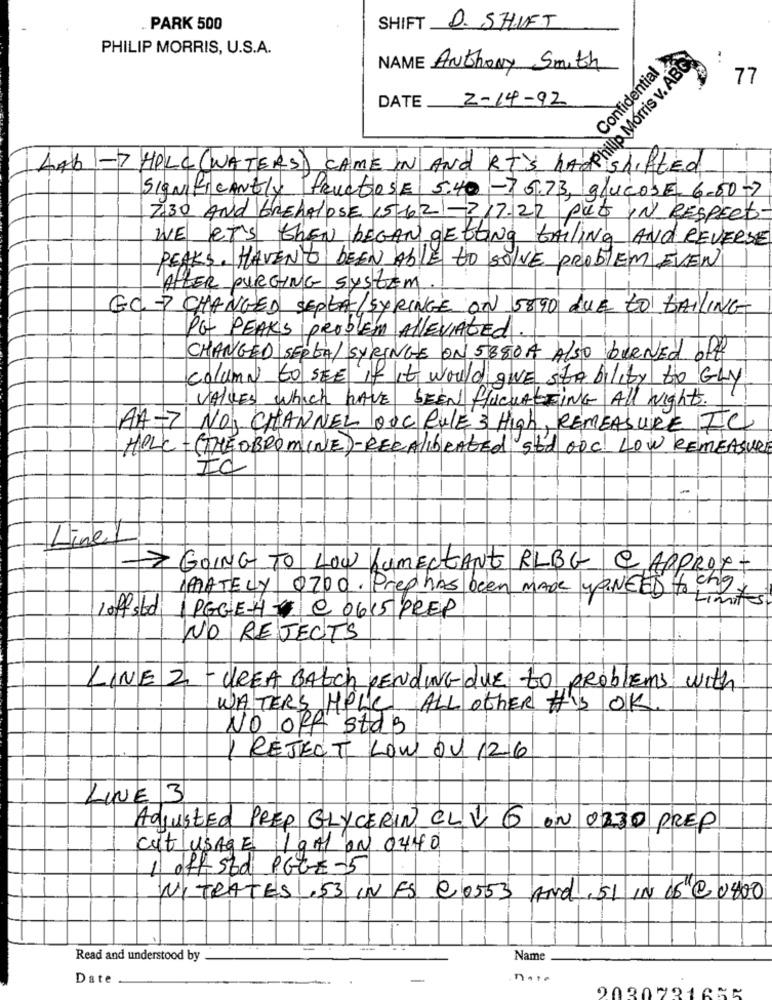
. PARK 500
SHIFT D. SHIFT
PHILIP MORRIS, U.S.A.
Confidential
Philip Morris v. ABD
NAME Anthony Smith
77
2-14-92
DATE
HPLC WATERS CAME IN AND OF COMO
shifted
SIGNIFICANTly fructose 5.40 -$5.73, glucose. 6.50-7
7.30 AND BREAAlose 15-6 2) -? 17:22 put IN RESPECT.
WE IT'S thEN LEGAN getting tAiling AND REVERSE
PEAKS. HAVEN'T BEEN Able to SOLVE PROBLEM EVEN
AFTER PURGING SYSTEM
EC - CHANGED SEPLA/SYRINGE ON 5890 due to BAILING
PG PEAKS PROBLEM ALLEVIATED
CHANGED SERGA/ SYRINGE ON 5880A Also BURNED off
column to SEE if it would give ste bility to GLY
VALLES which HAVE BEEN fluctuAting All Night.
A4-7
NOI CHANNEL OUC RULE 3 High, REMEASURE IC
HPLC -(THE OBROMINE)- RECALIBRATEd std ODC LOW REMEASURE
Link
GOING TO LOW LUMECtANT RLBG | Q APPROX-
MATELY 0700. Prep has been MADE yaNEED to on
Limites
1 PGGEH C 0615 PREP
Loff std
NO REJECTS
LINE 2 - UREA BAEch PENDING due to problems with
WATERS HPLC ALL OTHER HIS OK.
NO ORA staß
REJECT LOW OU 1216
LINE 3
Adjusted PREP GLYCERIN CLV 6 ON 0330 PREP
cut usage 19Al ON 0440
1 off std PGGE-5
NITRATES! 53 IN FS @ 0553 AND 51 IN 16 @ 0400
Read and understood by
Name
Date
note
2020721633